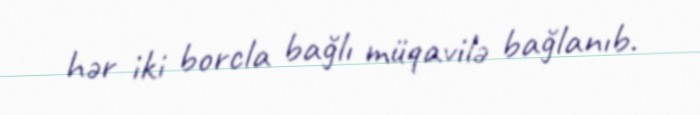
hər iki borcla bağlı müqavilə bağlanıb.